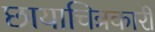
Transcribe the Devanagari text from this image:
छायाचित्रकारी